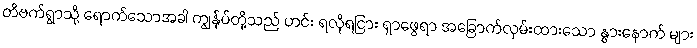
တိဗက်ရွာသို့ ရောက်သောအခါ ကျွန်ုပ်တို့သည် ဟင်း ရလိုရငြား ရှာဖွေရာ အခြောက်လှမ်းထားသော နွားနောက် များ